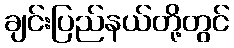
ချင်းပြည်နယ်တို့တွင်